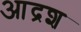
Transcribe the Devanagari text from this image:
आद्रश